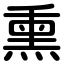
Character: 熏